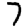
Digit: 7